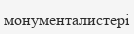
монументалистері